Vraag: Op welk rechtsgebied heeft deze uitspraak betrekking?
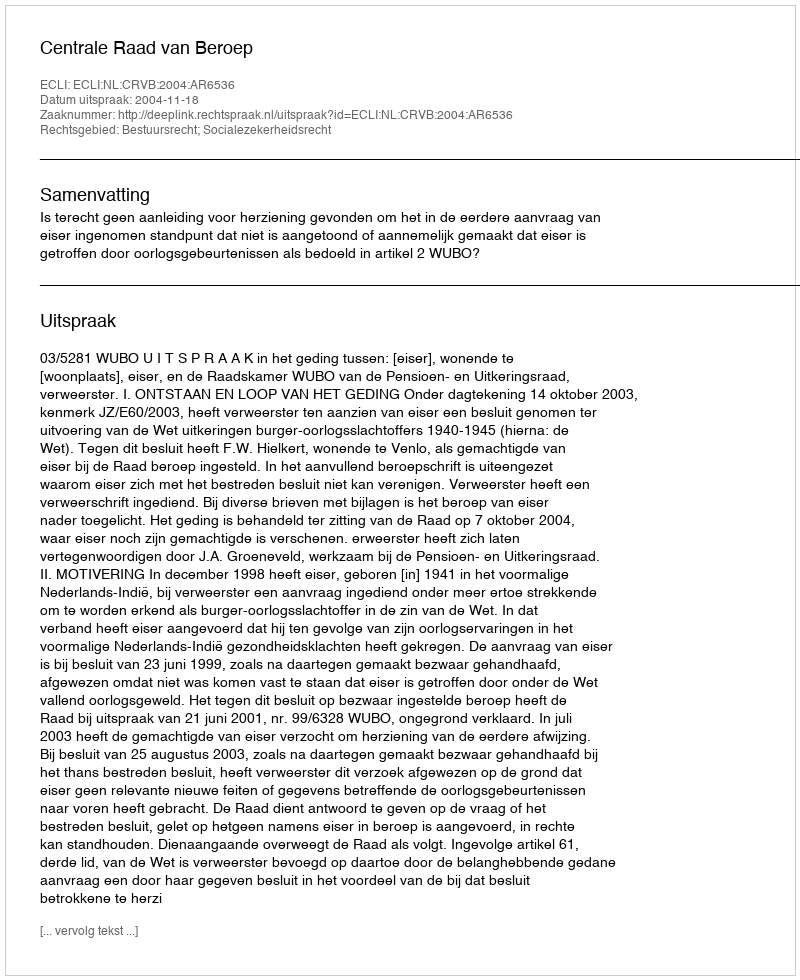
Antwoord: Bestuursrecht; Socialezekerheidsrecht